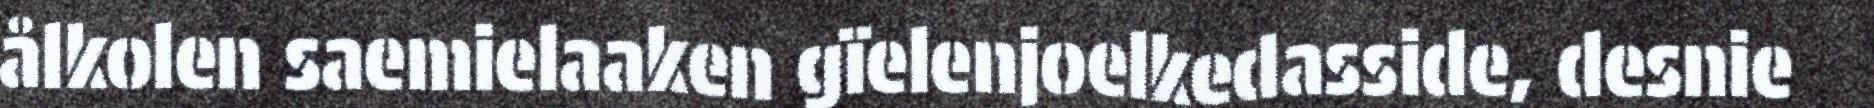
ålkolen saemielaaken gïelenjoelkedasside, desnie